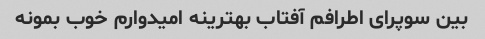
بین سوپرای اطرافم آفتاب بهترینه امیدوارم خوب بمونه